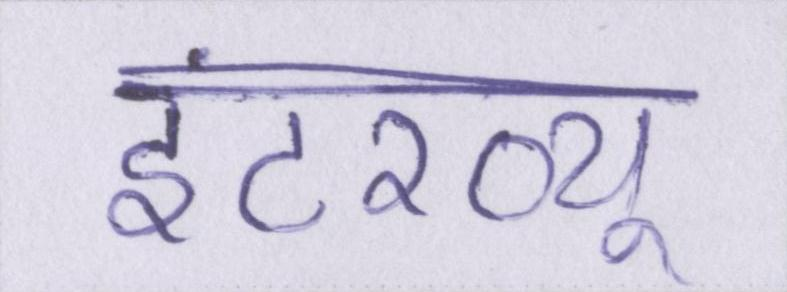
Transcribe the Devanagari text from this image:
इंटरव्यू